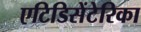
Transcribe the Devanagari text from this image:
एटिडिसेंटेरिका